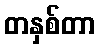
တနှစ်တာ